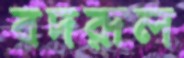
বদরূল